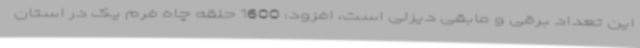
این تعداد برقی و مابقی دیزلی است، افزود: 1600 حلقه چاه فرم یک در استان